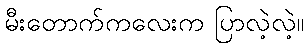
မီးတောက်ကလေးက ပြာလဲ့လဲ့။